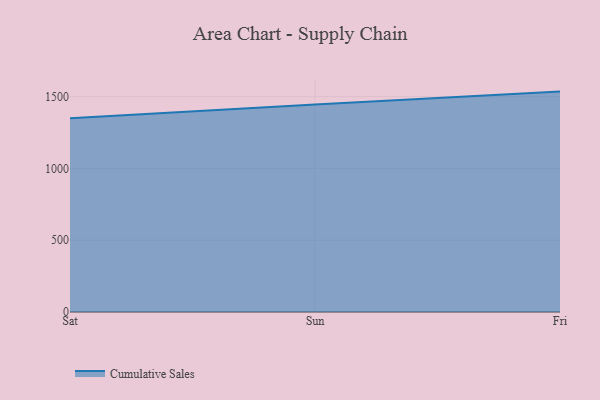
{"axis": {"x": "Day", "y": "LTV (USD)"}, "legend": ["Cumulative Sales"], "data": [{"x": "Sat", "y": 1348.9, "type": "Cumulative Sales"}, {"x": "Sun", "y": 1446.1, "type": "Cumulative Sales"}, {"x": "Fri", "y": 1535.4, "type": "Cumulative Sales"}]}